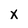
Character: x